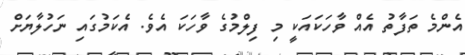
އެންމެ ތަފާތު އެއް ވާހަކައަކީ މި ފިލްމުގެ ވާހަކަ އެވެ. އެކަމުގައި ނަހުލާޔަށް